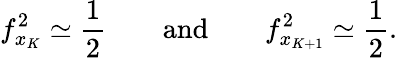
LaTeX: f_{x_{K}}^{2}\simeq\frac{1}{2}\qquad\mathrm{and}\qquad f_{x_{K+1}}^{2}\simeq\frac{1}{2}.